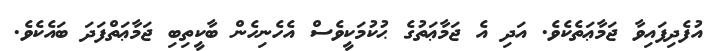
އުފެދިފައިވާ ޖަމާޢަތެކެވެ. އަދި އެ ޖަމާޢަތުގެ ޙުކުމަކީވެސް އެހެނިހެން ބާކީތިބި ޖަމާޢަތްފަދަ ބައެކެވެ.